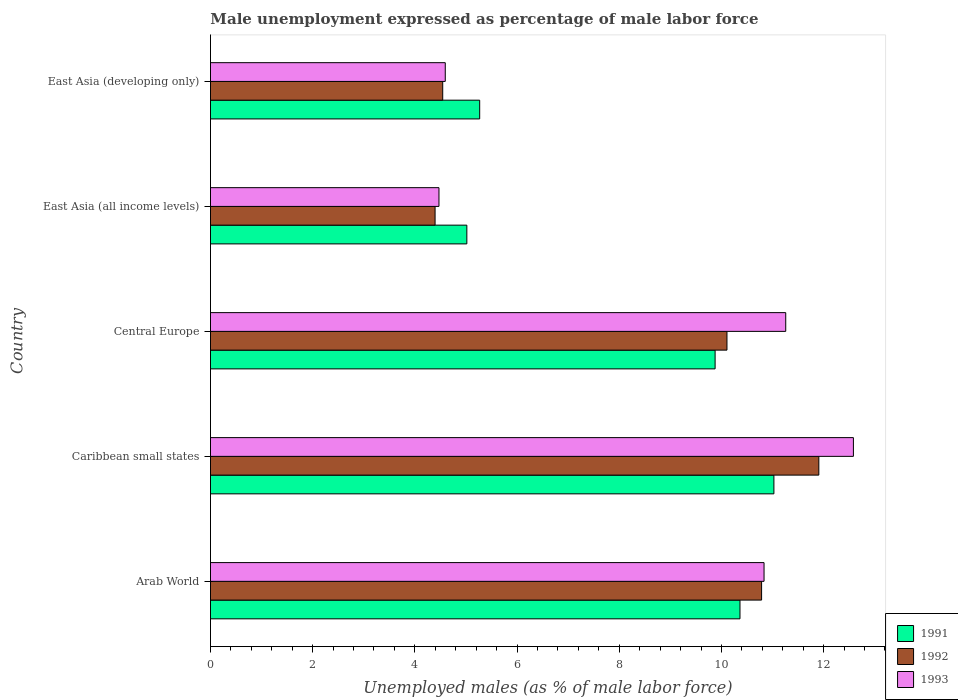
| Country | 1991 | 1992 | 1993 |
 | --- | --- | --- | --- |
 | Arab World | 10.4 | 10.8 | 10.8 |
 | Caribbean small states | 11 | 11.9 | 12.6 |
 | Central Europe | 9.88 | 10.1 | 11.3 |
 | East Asia (all income levels) | 5.02 | 4.4 | 4.47 |
 | East Asia (developing only) | 5.27 | 4.55 | 4.6 |